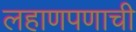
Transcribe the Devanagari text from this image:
लहाणपणाची